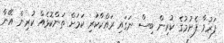
ފަރުވާ ފެށުމުގެ ކުރިން ބިސް ނަގައި ރައްކާކުރި ކަމަށް ތަންކޮޅެއް ކުރިން އޭނާ